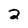
Character: 2